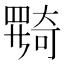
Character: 𡚎